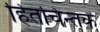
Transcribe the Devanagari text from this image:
हितचिन्तक